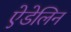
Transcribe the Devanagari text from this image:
ऐडेलिन